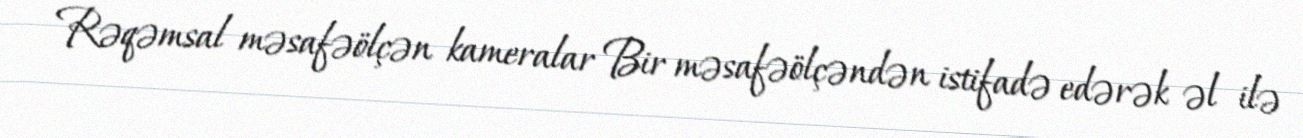
Rəqəmsal məsafəölçən kameralar Bir məsafəölçəndən istifadə edərək əl ilə